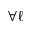
\forall \ell